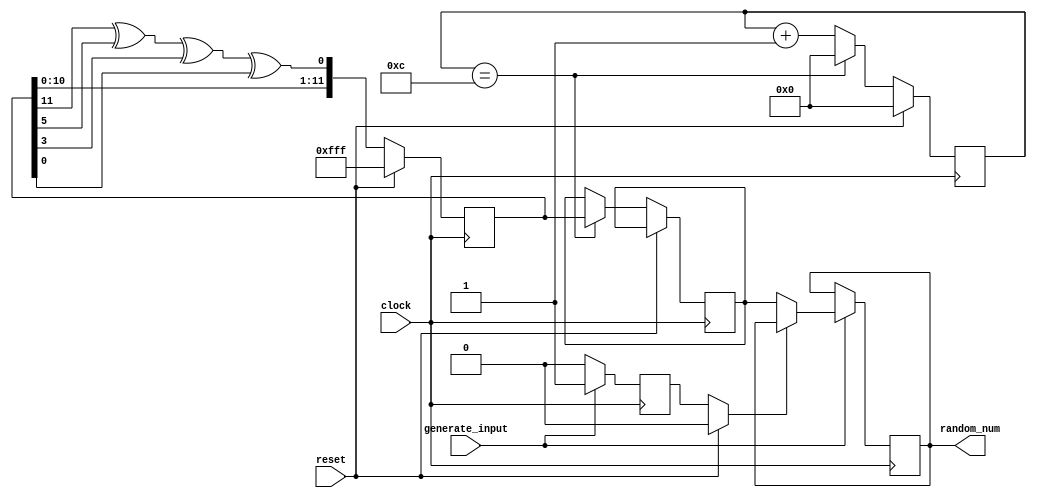
`timescale 1ns / 1ps

module LFSR(
    input clock,
    input reset,
    input generate_input,
    output reg [11:0] random_num
    );
    reg [11:0] random;
    reg [11:0] random_done;
    reg [3:0] count;
    reg has_changed;

    wire feedback = random[11] ^ random[5] ^ random[3] ^ random[0];
    always @(posedge clock) begin
        if (reset) begin
            random <= 12'b111111111111; // An LFSR cannot have an all 0 clock
            count <= 0;
            has_changed = 0;
        end else begin
        random <= {random[10:0], feedback};
        count <= count + 1;
            if (count == 12) begin
                count <= 0;
                random_done <= random;
            end
        end
        if (generate_input == 1) begin
        if (has_changed == 0) begin
            has_changed <= 1;
            random_num <= random_done;
            end
        end else begin
            has_changed <= 0;
            random_num <= random_num;
        end
    end
endmodule